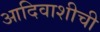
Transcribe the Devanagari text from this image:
आदिवाशीची